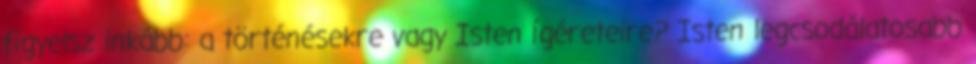
figyelsz inkább: a történésekre vagy Isten ígéreteire? Isten legcsodálatosabb